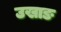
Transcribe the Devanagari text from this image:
उखाङ